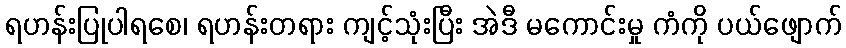
ရဟန်းပြုပါရစေ၊ ရဟန်းတရား ကျင့်သုံးပြီး အဲဒီ မကောင်းမှု ကံကို ပယ်ဖျောက်